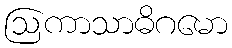
ဩကာသာဓိဂမော